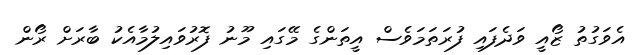
އެވަގުތު ޒޯއީ ވަދެފައި ފުރަތަމަވެސް އީތަންގެ މޭގައި މޫނު ފޮރުވައިލުމާއެކު ބާރަށް ރޯން